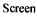
Screen